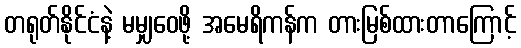
တရုတ်နိုင်ငံနဲ့ မမျှဝေဖို့ အမေရိကန်က တားမြစ်ထားတာကြောင့်